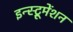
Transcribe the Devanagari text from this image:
इन्‍स्ट्रूमेंशन